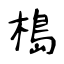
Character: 槝